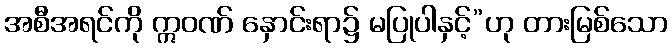
အစီအရင်ကို ဣဝဏ် နှောင်းရာ၌ မပြုပါနှင့်”ဟု တားမြစ်သော